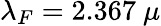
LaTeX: \lambda_{F}=2.367~\mu